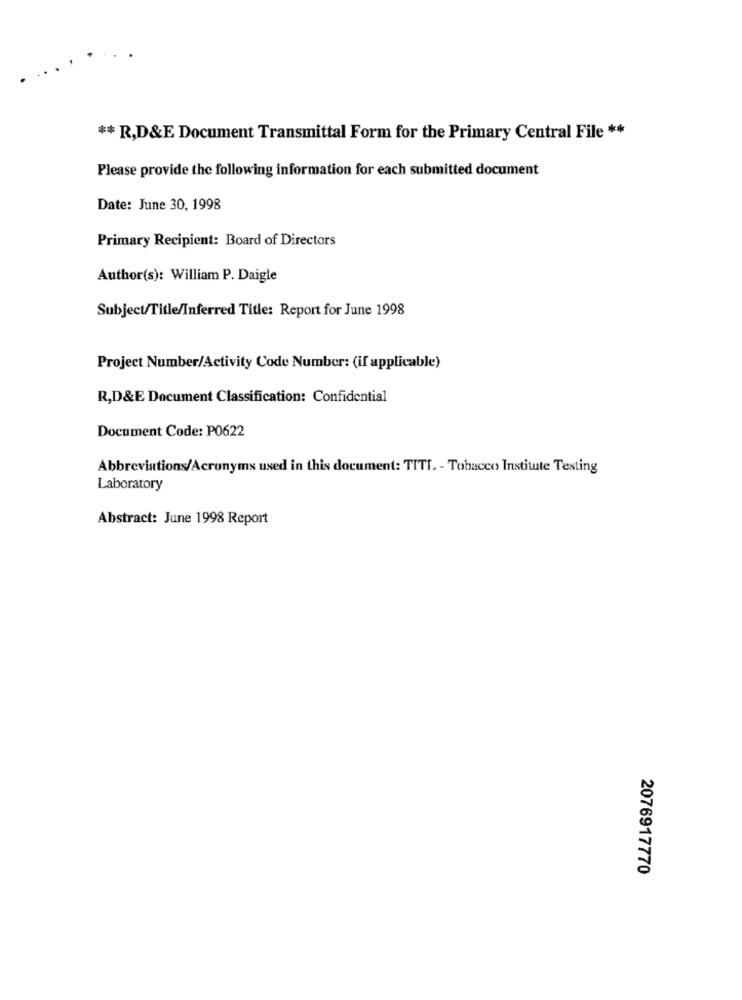
** R,D&E Document Transmittal Form for the Primary Central File **
Please provide the following information for each submitted document
Date: June 30, 1998
Primary Recipient: Board of Directors
Author(s): William P. Daigle
Subject/Title/Inferred Title: Report for June 1998
Project Number/Activity Code Number: (if applicable)
R,D&E Document Classification: Confidential
Document Code: P0622
Abbreviations/Acronyms used in this document: TITL - Tobacco Institute Testing
Laboratory
Abstract: June 1998 Report
2076917770